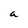
Character: a